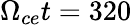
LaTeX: \Omega_{ce}t=320